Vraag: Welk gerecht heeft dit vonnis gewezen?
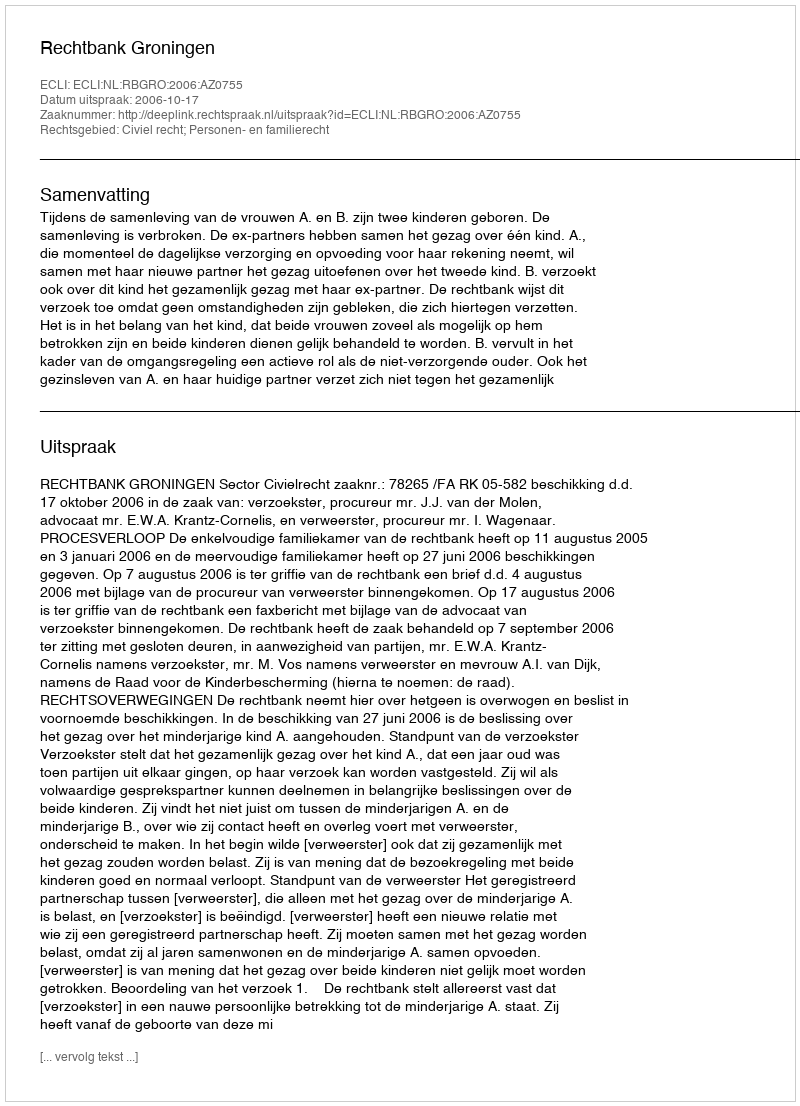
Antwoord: Rechtbank Groningen